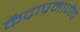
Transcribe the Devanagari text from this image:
केंद्राप्रमाणेच